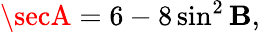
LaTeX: \secA=6-8\sin^{2}\mathbf{B},